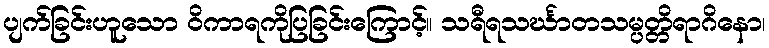
ပျက်ခြင်းဟူသော ဝိကာရကိုပြခြင်းကြောင့်။ သရီရသင်္ဃာတသမ္ပတ္တိရာဂိနော၊